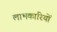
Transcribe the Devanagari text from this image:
लाभकारियों